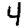
Digit: 4